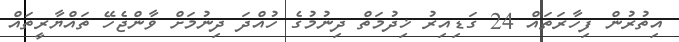
އިތުރުން ފިހާރަތައް 24 ގަޑިއިރު ޚިދުމަތް ދިނުމުގެ ހުއްދަ ދިނުމަށް ވާންޖެހޭ ތައްޔާރީތައް